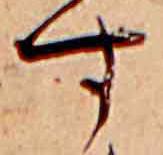
す